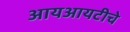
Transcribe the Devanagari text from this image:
आयआयटीचे